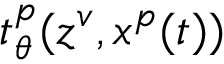
t _ { \theta } ^ { p } ( z ^ { v } , x ^ { p } ( t ) )